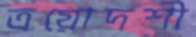
ত্রয়োদশী